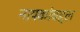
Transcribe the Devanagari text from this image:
नायकांबद्दल